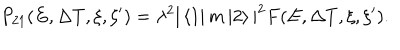
LaTeX: P _ { 2 1 } ( E , \Delta T , \xi , \xi ^ { \prime } ) = \lambda ^ { 2 } | \left< 1 \right| m \left| 2 \right> | ^ { 2 } F ( E , \Delta T , \xi , \xi ^ { \prime } ) .